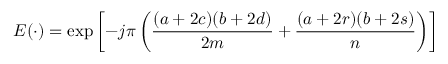
E ( \cdot ) = \exp \left[ - j \pi \left( { \frac { ( a + 2 c ) ( b + 2 d ) } { 2 m } } + { \frac { ( a + 2 r ) ( b + 2 s ) } { n } } \right) \right]